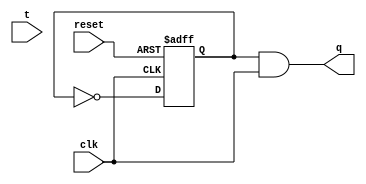
module T_FF(q, t, clk, reset);
    output q;
    input t, clk, reset;
    reg q0,q1;
    assign q = q1;
    
    always @ ( negedge clk or posedge reset) begin
        if(reset)
          q0 <= 1'b0;
        else 
            q0 = ~q0;
    end
    
    always @ (clk) begin
        q1 = q0 & clk;
    end
endmodule

//  NOT COMPLETE
// module T_FF(q,count, t, clk, reset);
//     output q;
//     input t, clk, reset;
//     reg q0;
//     output count;
//     reg count;

//     always @ (posedge clk) begin
//         count = ~count;
//     end

//     always @ (posedge count) begin
//     begin

//     end
//     end
// assign q = q0;
// endmodule